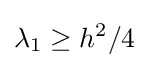
\lambda _{1}\geq h^{2}/4